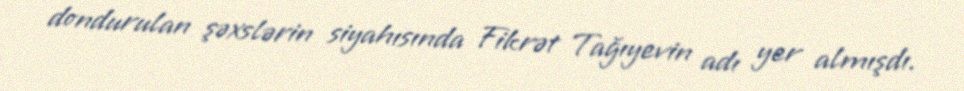
dondurulan şəxslərin siyahısında Fikrət Tağıyevin adı yer almışdı.